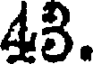
43.